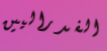
الفدراليين